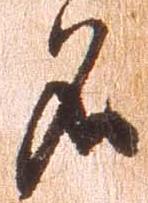
名